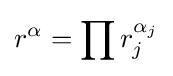
r^{\alpha }=\prod r_{j}^{\alpha _{j}}